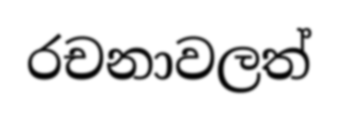
රචනාවලත්